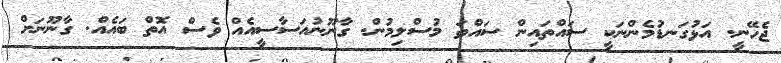
ޖެހޭނީ. އަޅުގަނޑުމެންނަކީ ސައްތައިން ސައްތަ މުސްލިމުން. ގާނޫނުއަސާސީއެއް ވެސް އޮތް ބައެއް. ގާނޫނަށް